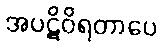
အပဋိဝိရတာပေ